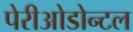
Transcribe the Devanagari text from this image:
पेरीओडोन्टल